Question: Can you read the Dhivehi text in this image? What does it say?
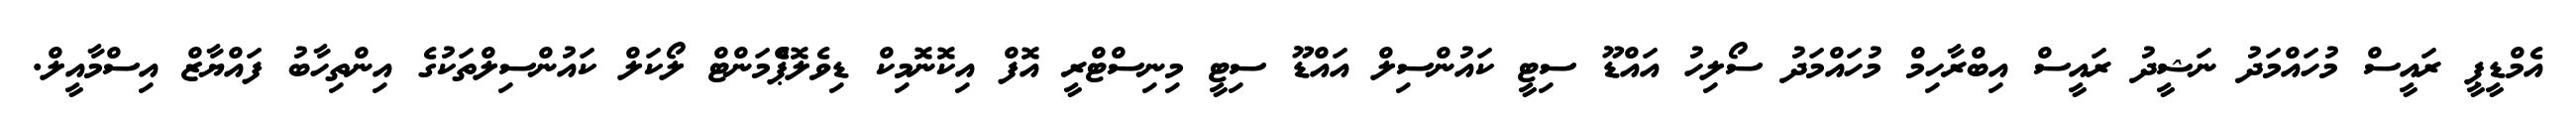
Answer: އެމްޑީޕީ ރައީސް މުހައްމަދު ނަޝީދު ރައީސް އިބްރާހިމް މުހައްމަދު ސޯލިހު އައްޑޫ ސިޓީ ކައުންސިލް އައްޑޫ ސިޓީ މިނިސްޓްރީ އޮފް އިކޮނޮމިކް ޑިވެލޮޕްެމަންޓް ލޯކަލް ކައުންސިލްތަކުގެ އިންތިހާބު ފައްޔާޒް އިސްމާއީލް.